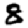
Digit: 8